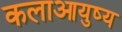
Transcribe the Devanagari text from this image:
कलाआयुष्य